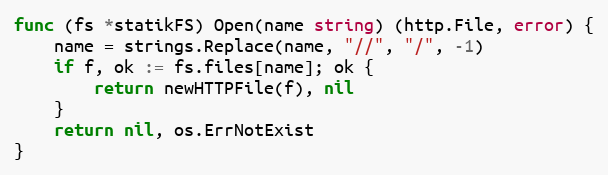
Language: Go
func (fs *statikFS) Open(name string) (http.File, error) {
	name = strings.Replace(name, "//", "/", -1)
	if f, ok := fs.files[name]; ok {
		return newHTTPFile(f), nil
	}
	return nil, os.ErrNotExist
}